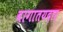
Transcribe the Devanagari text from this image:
बागातयदार